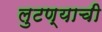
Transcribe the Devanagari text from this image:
लुटण्याची